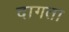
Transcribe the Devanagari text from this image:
दागता